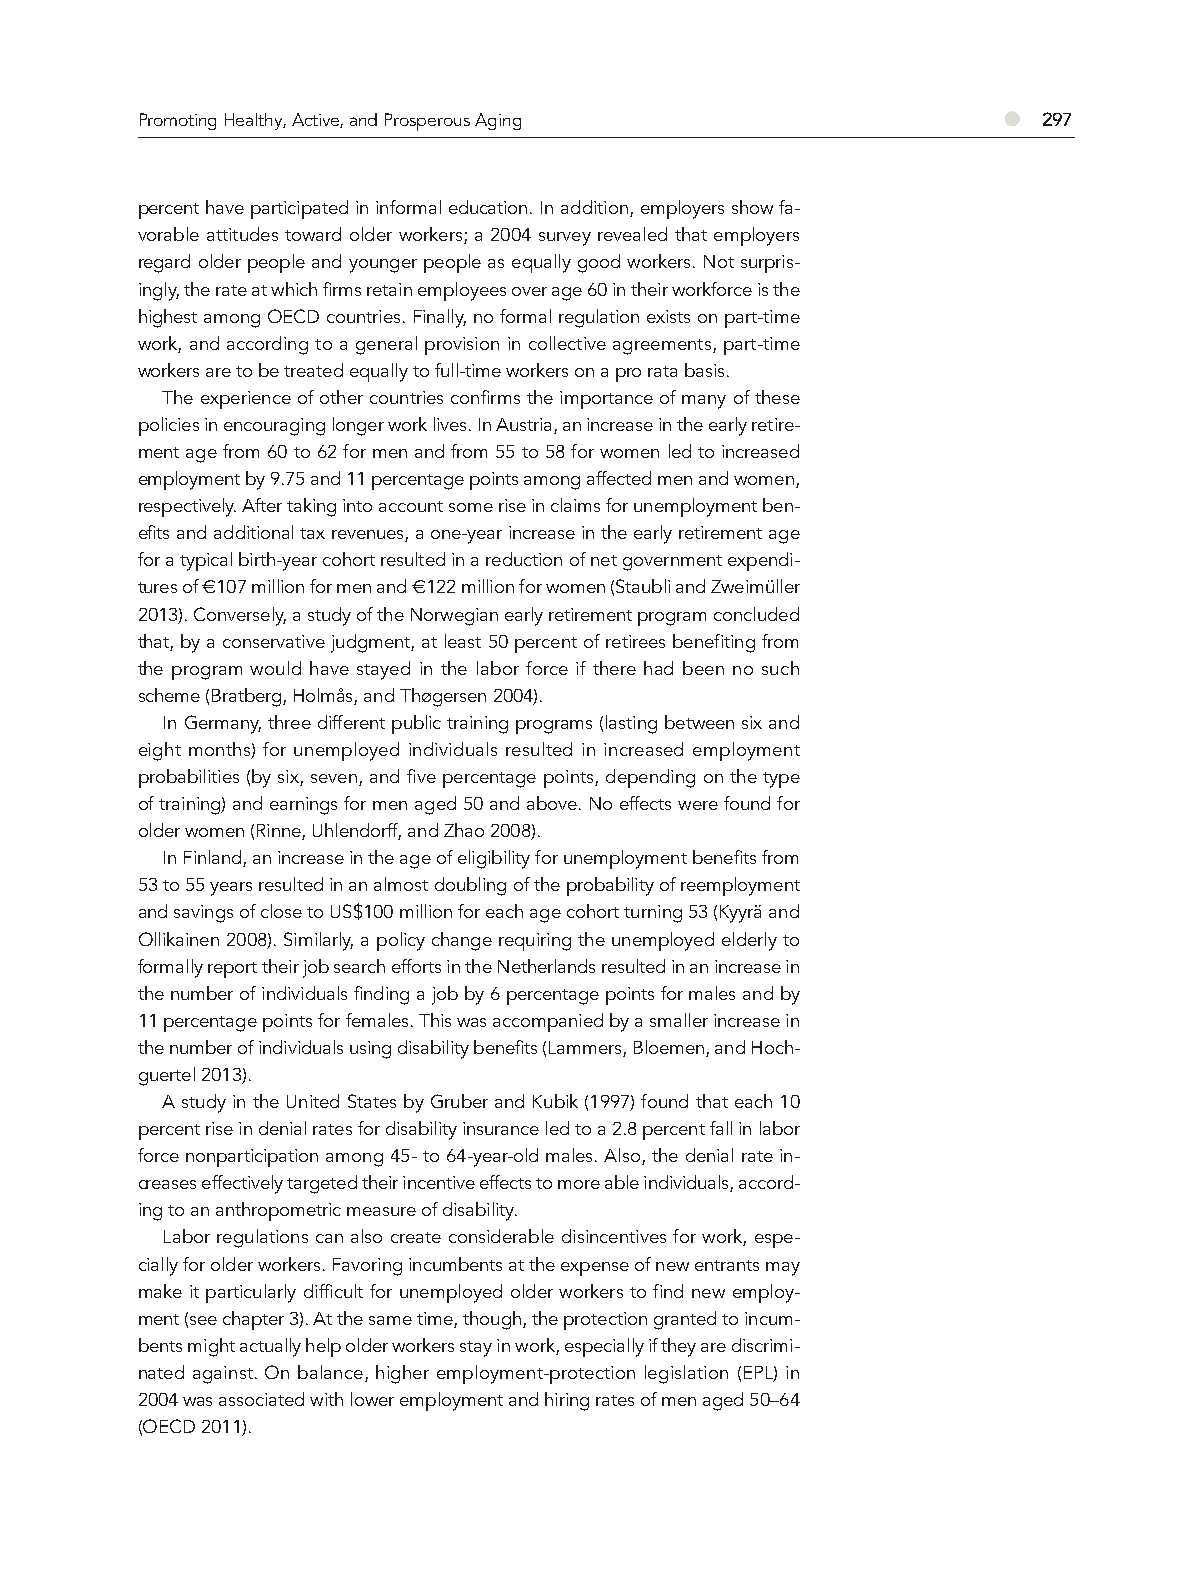
Promoting Healthy, Active, and Prosperous Aging          ●  297
 percent have participated in informal education. In addition, employers show fa-
 vorable attitudes toward older workers; a 2004 survey revealed that employers
 regard older people and younger people as equally good workers. Not surpris-
 ingly, the rate at which firms retain employees over age 60 in their workforce is the
 highest among OECD countries. Finally, no formal regulation exists on part-time
 work, and according to a general provision in collective agreements, part-time
 workers are to be treated equally to full-time workers on a pro rata basis.
 The experience of other countries confirms the importance of many of these
 policies in encouraging longer work lives. In Austria, an increase in the early retire-
 ment age from 60 to 62 for men and from 55 to 58 for women led to increased
 employment by 9.75 and 11 percentage points among affected men and women,
 respectively. After taking into account some rise in claims for unemployment ben-
 efits and additional tax revenues, a one-year increase in the early retirement age
 for a typical birth-year cohort resulted in a reduction of net government expendi-
 tures of €107 million for men and €122 million for women (Staubli and Zweimüller
 2013). Conversely, a study of the Norwegian early retirement program concluded
 that, by a conservative judgment, at least 50 percent of retirees benefiting from
 the program would have stayed in the labor force if there had been no such
 scheme (Bratberg, Holmås, and Thøgersen 2004).
 In Germany, three different public training programs (lasting between six and
 eight months) for unemployed individuals resulted in increased employment
 probabilities (by six, seven, and five percentage points, depending on the type
 of training) and earnings for men aged 50 and above. No effects were found for
 older women (Rinne, Uhlendorff, and Zhao 2008).
 In Finland, an increase in the age of eligibility for unemployment benefits from
 53 to 55 years resulted in an almost doubling of the probability of reemployment
 and savings of close to US$100 million for each age cohort turning 53 (Kyyrä and
 Ollikainen 2008). Similarly, a policy change requiring the unemployed elderly to
 formally report their job search efforts in the Netherlands resulted in an increase in
 the number of individuals finding a job by 6 percentage points for males and by
 11 percentage points for females. This was accompanied by a smaller increase in
 the number of individuals using disability benefits (Lammers, Bloemen, and Hoch-
 guertel 2013).
 A study in the United States by Gruber and Kubik (1997) found that each 10
 percent rise in denial rates for disability insurance led to a 2.8 percent fall in labor
 force nonparticipation among 45- to 64-year-old males. Also, the denial rate in-
 creases effectively targeted their incentive effects to more able individuals, accord-
 ing to an anthropometric measure of disability.
 Labor regulations can also create considerable disincentives for work, espe-
 cially for older workers. Favoring incumbents at the expense of new entrants may
 make it particularly difficult for unemployed older workers to find new employ-
 ment (see chapter 3). At the same time, though, the protection granted to incum-
 bents might actually help older workers stay in work, especially if they are discrimi-
 nated against. On balance, higher employment-protection legislation (EPL) in
 2004 was associated with lower employment and hiring rates of men aged 50–64
 (OECD 2011).